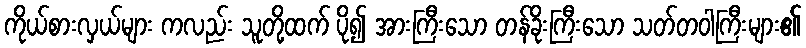
ကိုယ်စားလှယ်များ ကလည်း သူတို့ထက် ပို၍ အားကြီးသော တန်ခိုးကြီးသော သတ်တဝါကြီးများ၏